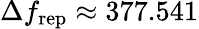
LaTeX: \Delta f_{\mathrm{rep}}\approx 377.541